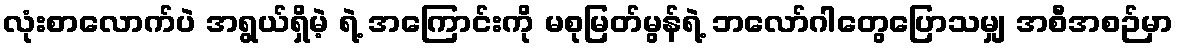
လုံးစာလောက်ပဲ အရွယ်ရှိမဲ့ ရဲ့ အကြောင်းကို မစုမြတ်မွန်ရဲ့ ဘလော်ဂါတွေပြောသမျှ အစီအစဉ်မှာ